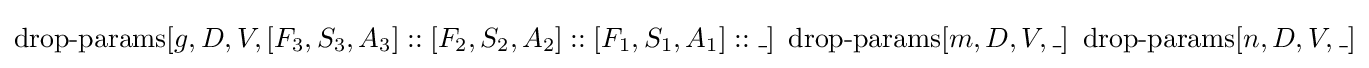
\operatorname {drop-params} [g,D,V,[F_{3},S_{3},A_{3}]::[F_{2},S_{2},A_{2}]::[F_{1},S_{1},A_{1}]::\_]\ \operatorname {drop-params} [m,D,V,\_]\ \operatorname {drop-params} [n,D,V,\_]